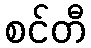
စင်တီ